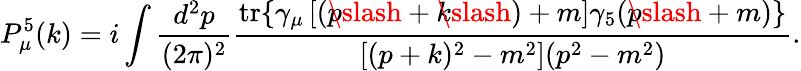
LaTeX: P_{\mu}^{5}(k)=i\int\frac{d^{2}p}{(2\pi)^{2}}\frac{\mathrm{tr}\{ \gamma_{\mu}\left[(p\! \! \! \slash+k\! \! \! \slash)+m\right]\gamma_{5}(p\! \! \! \slash+m)\} }{\left[(p+k)^{2}-m^{2}\right](p^{2}-m^{2})}.